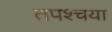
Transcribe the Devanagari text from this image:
तपश्चया